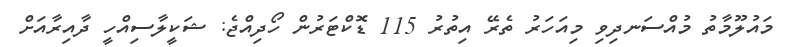
މައުލޫމާތު މުއްސަނދިވި މިއަހަރު ތެރޭ އިތުރު 115 ޑޮކްޓަރުން ހޯދިއްޖެ: ޝަކީލާސިއްހީ ދާއިރާއަށް